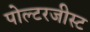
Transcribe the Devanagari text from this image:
पोल्टरजीस्ट